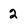
Character: 2